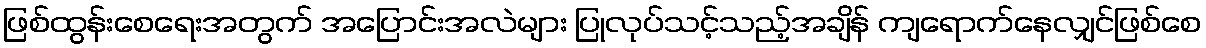
ဖြစ်ထွန်းစေရေးအတွက် အပြောင်းအလဲများ ပြုလုပ်သင့်သည့်အချိန် ကျရောက်နေလျှင်ဖြစ်စေ